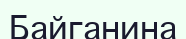
Байганина